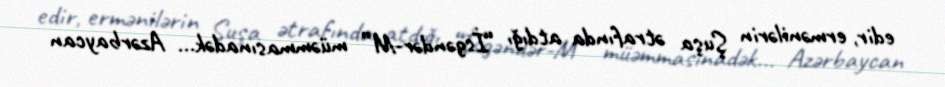
edir, ermənilərin Şuşa ətrafında atdığı “İsgəndər-M” müəmmasınadək... Azərbaycan